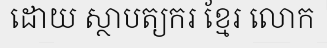
ដោយ ស្ថាបត្យករ ខ្មែរ លោក